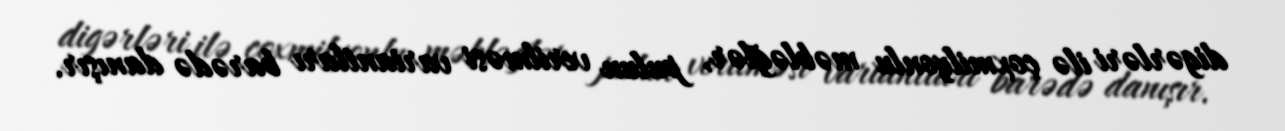
digərləri ilə çoxmilyonlu məbləğlər, pulun verilməsi variantları barədə danışır.